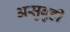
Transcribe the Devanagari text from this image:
असुबुही